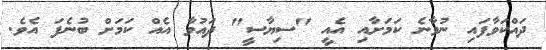
ދައްކަވާފައި ނުވާނެ ކަމަށާއި އެއީ "ސިޔާސީ" ދައުވާ އެއް ކަމަށް ބުނެފަ އެވެ.